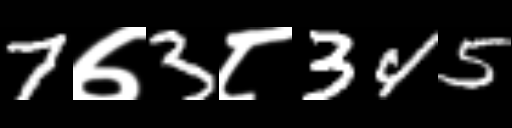
Text: 7७3८345